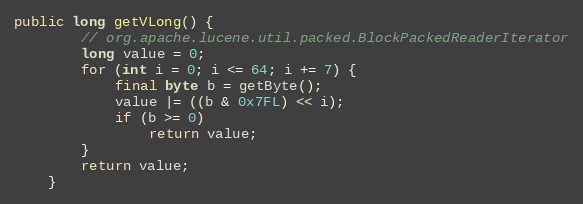
Language: Java
public long getVLong() {
		// org.apache.lucene.util.packed.BlockPackedReaderIterator
		long value = 0;
		for (int i = 0; i <= 64; i += 7) {
			final byte b = getByte();
			value |= ((b & 0x7FL) << i);
			if (b >= 0)
				return value;
		}
		return value;
	}